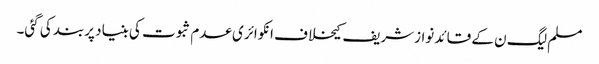
مسلم لیگ ن کے قائد نوازشریف کیخلاف انکوائری عدم ثبوت کی بنیاد پربند کی گئی۔